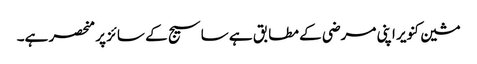
مشین کنویر اپنی مرضی کے مطابق ہے ساسیج کے سائز پر منحصر ہے۔